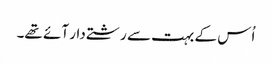
اُس کے بہت سے رشتے دار آئے تھے۔